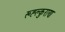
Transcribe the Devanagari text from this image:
रूह्ल्कुराण